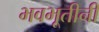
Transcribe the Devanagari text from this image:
भवभूतीनी